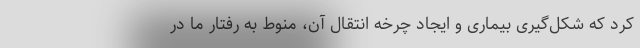
کرد که شکل‌گیری بیماری و ایجاد چرخه انتقال آن، منوط به رفتار ما در